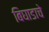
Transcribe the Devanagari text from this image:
बिघाडाचे